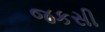
જકસી